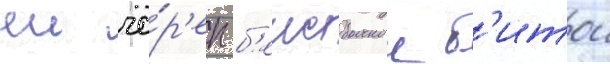
еи че́р'еп б'еисбольнои б'итои